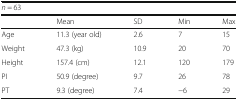
<table><thead><tr><td colspan="5"><b><i>n</i> = 63</b></td></tr><tr><td></td><td><b>Mean</b></td><td><b>SD</b></td><td><b>Min</b></td><td><b>Max</b></td></tr></thead><tbody><tr><td>Age</td><td>11.3 (year old)</td><td>2.6</td><td>7</td><td>15</td></tr><tr><td>Weight</td><td>47.3 (kg)</td><td>10.9</td><td>20</td><td>70</td></tr><tr><td>Height</td><td>157.4 (cm)</td><td>12.1</td><td>120</td><td>179</td></tr><tr><td>PI</td><td>50.9 (degree)</td><td>9.7</td><td>26</td><td>78</td></tr><tr><td>PT</td><td>9.3 (degree)</td><td>7.4</td><td>−6</td><td>29</td></tr></tbody></table>